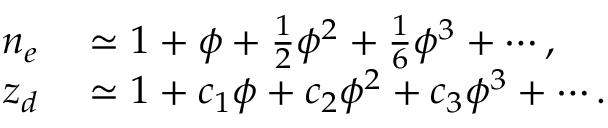
\begin{array} { r l } { n _ { e } } & { { } \simeq 1 + \phi + \frac { 1 } { 2 } \phi ^ { 2 } + \frac { 1 } { 6 } \phi ^ { 3 } + \cdots , } \\ { z _ { d } } & { { } \simeq 1 + c _ { 1 } \phi + c _ { 2 } \phi ^ { 2 } + c _ { 3 } \phi ^ { 3 } + \cdots . } \end{array}